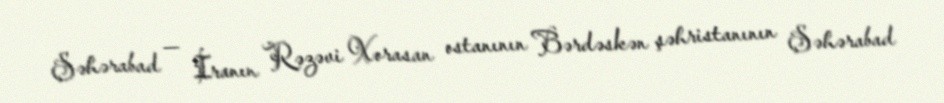
Şəhərabad — İranın Rəzəvi Xorasan ostanının Bərdəskən şəhristanının Şəhərabad